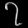
Digit: ၇